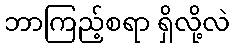
ဘာကြည့်စရာ ရှိလို့လဲ